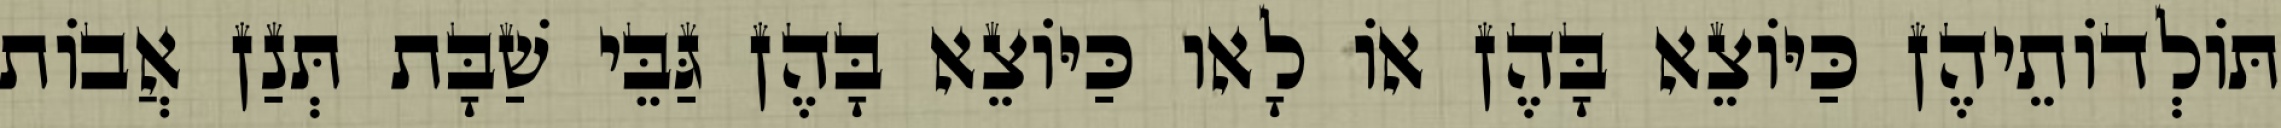
תּוֹלְדוֹתֵיהֶן כַּיּוֹצֵא בָּהֶן אוֹ לָאו כַּיּוֹצֵא בָּהֶן גַּבֵּי שַׁבָּת תְּנַן אֲבוֹת